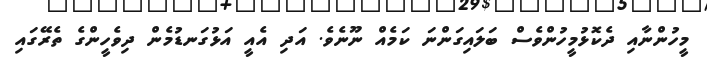
މީހުންނާއި ދެކޮޅުމީހުންވެސް ބަލައިގަންނަ ކަމެއް ނޫނެވެ. އަދި އެއީ އަޅުގަނޑުމެން ދިވެހީންގެ ތެރޭގައި